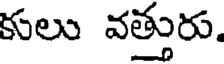
కులు వత్తురు.